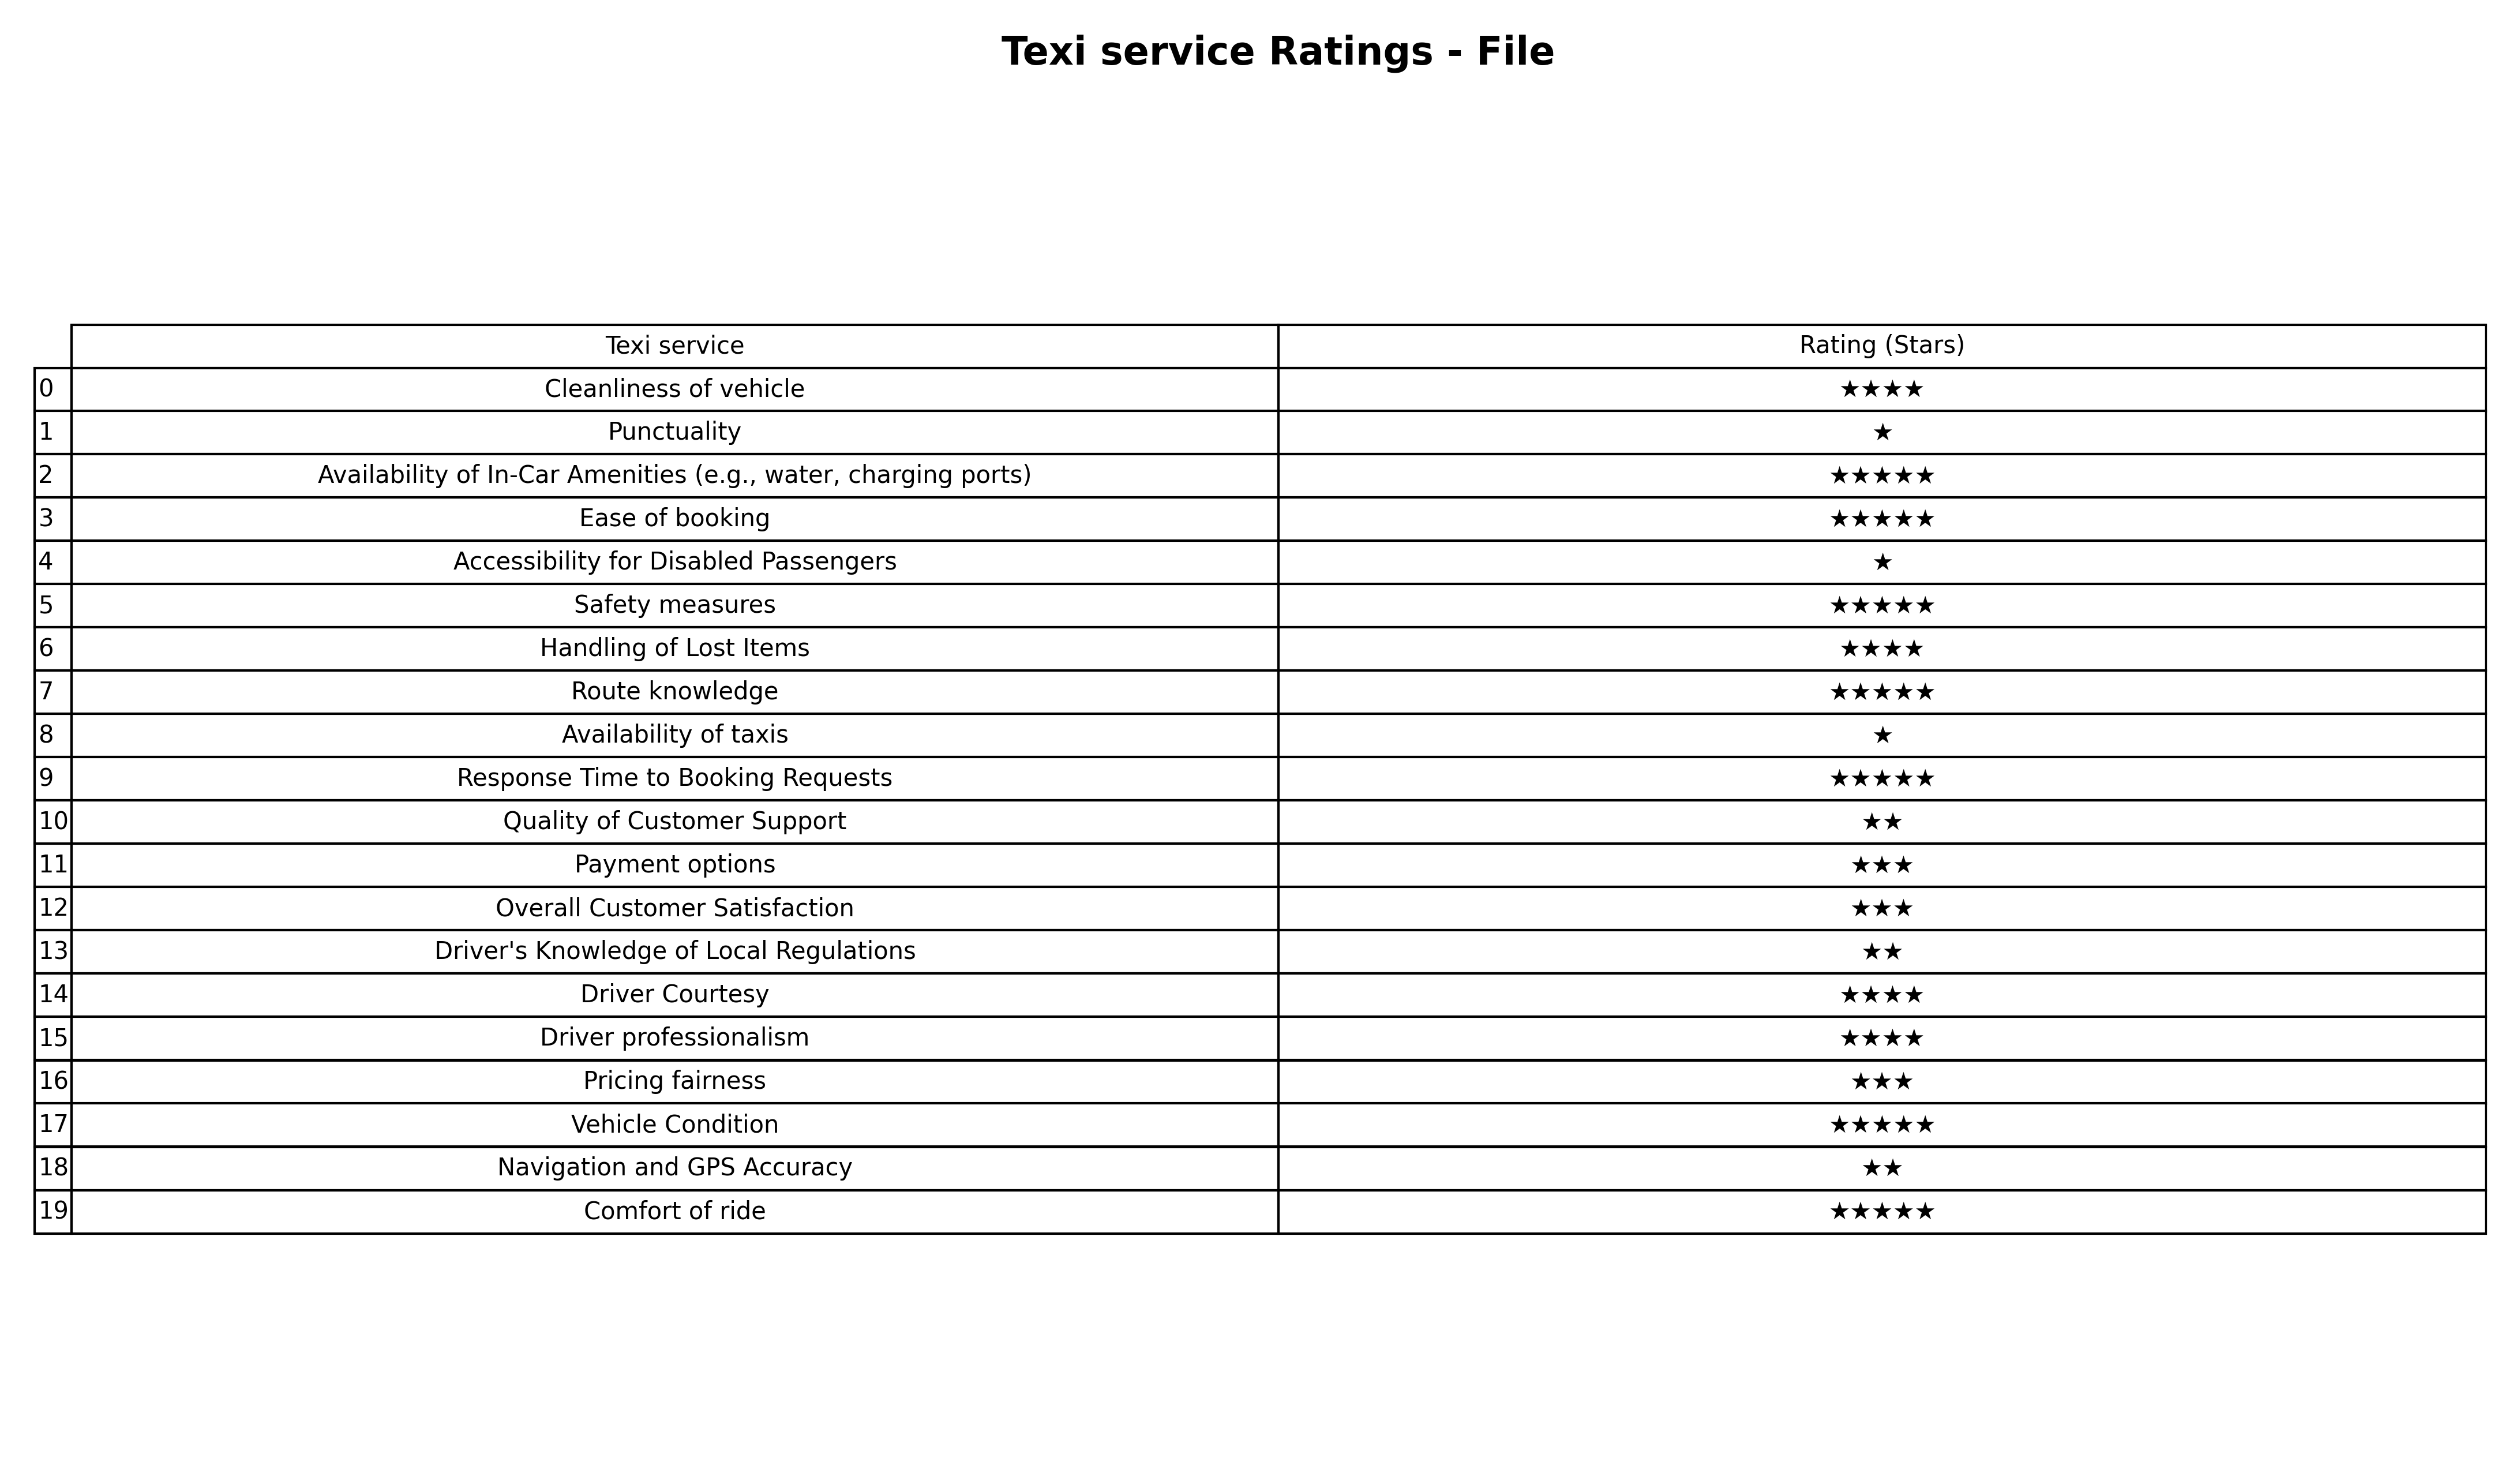
question: What is the rating of Response Time to Booking Requests?
answer: ★★★★★